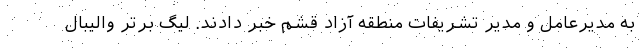
به مدیرعامل و مدیر تشریفات منطقه آزاد قشم خبر دادند. لیگ برتر والیبال